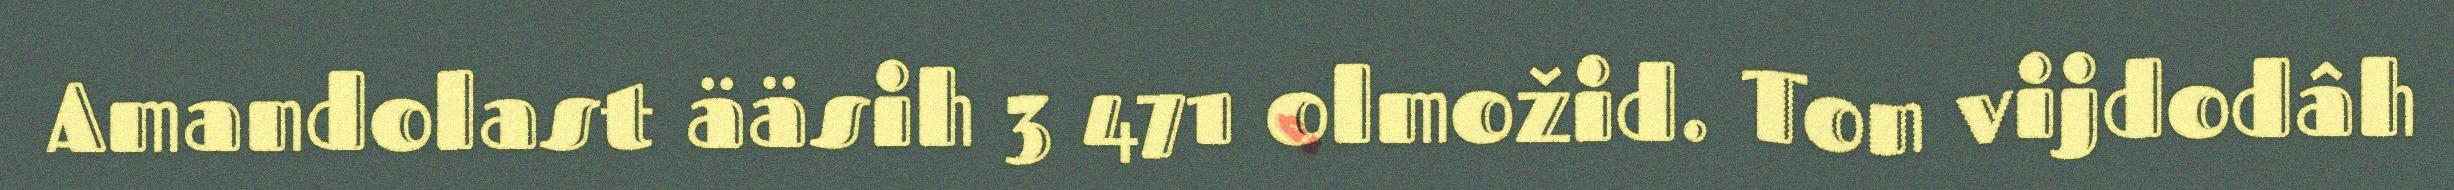
Amandolast ääsih 3 471 olmožid. Ton vijdodâh